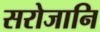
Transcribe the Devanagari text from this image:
सरोजानि